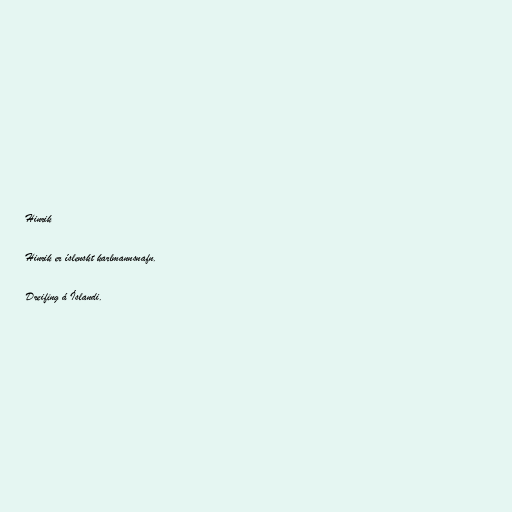
Hinrik

Hinrik er íslenskt karlmannsnafn.

Dreifing á Íslandi.